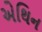
એથિન